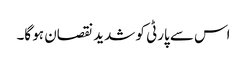
اس سے پارٹی کو شدید نقصان ہو گا۔